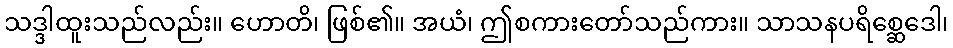
သဒ္ဒါထူးသည်လည်း။ ဟောတိ၊ ဖြစ်၏။ အယံ၊ ဤစကားတော်သည်ကား။ သာသနပရိစ္ဆေဒေါ၊